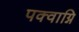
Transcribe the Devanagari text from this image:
पक्वाग्नि